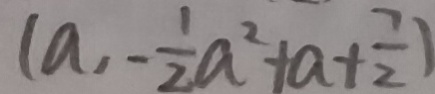
( a , - \frac { 1 } { 2 } a ^ { 2 } + a + \frac { 7 } { 2 } )